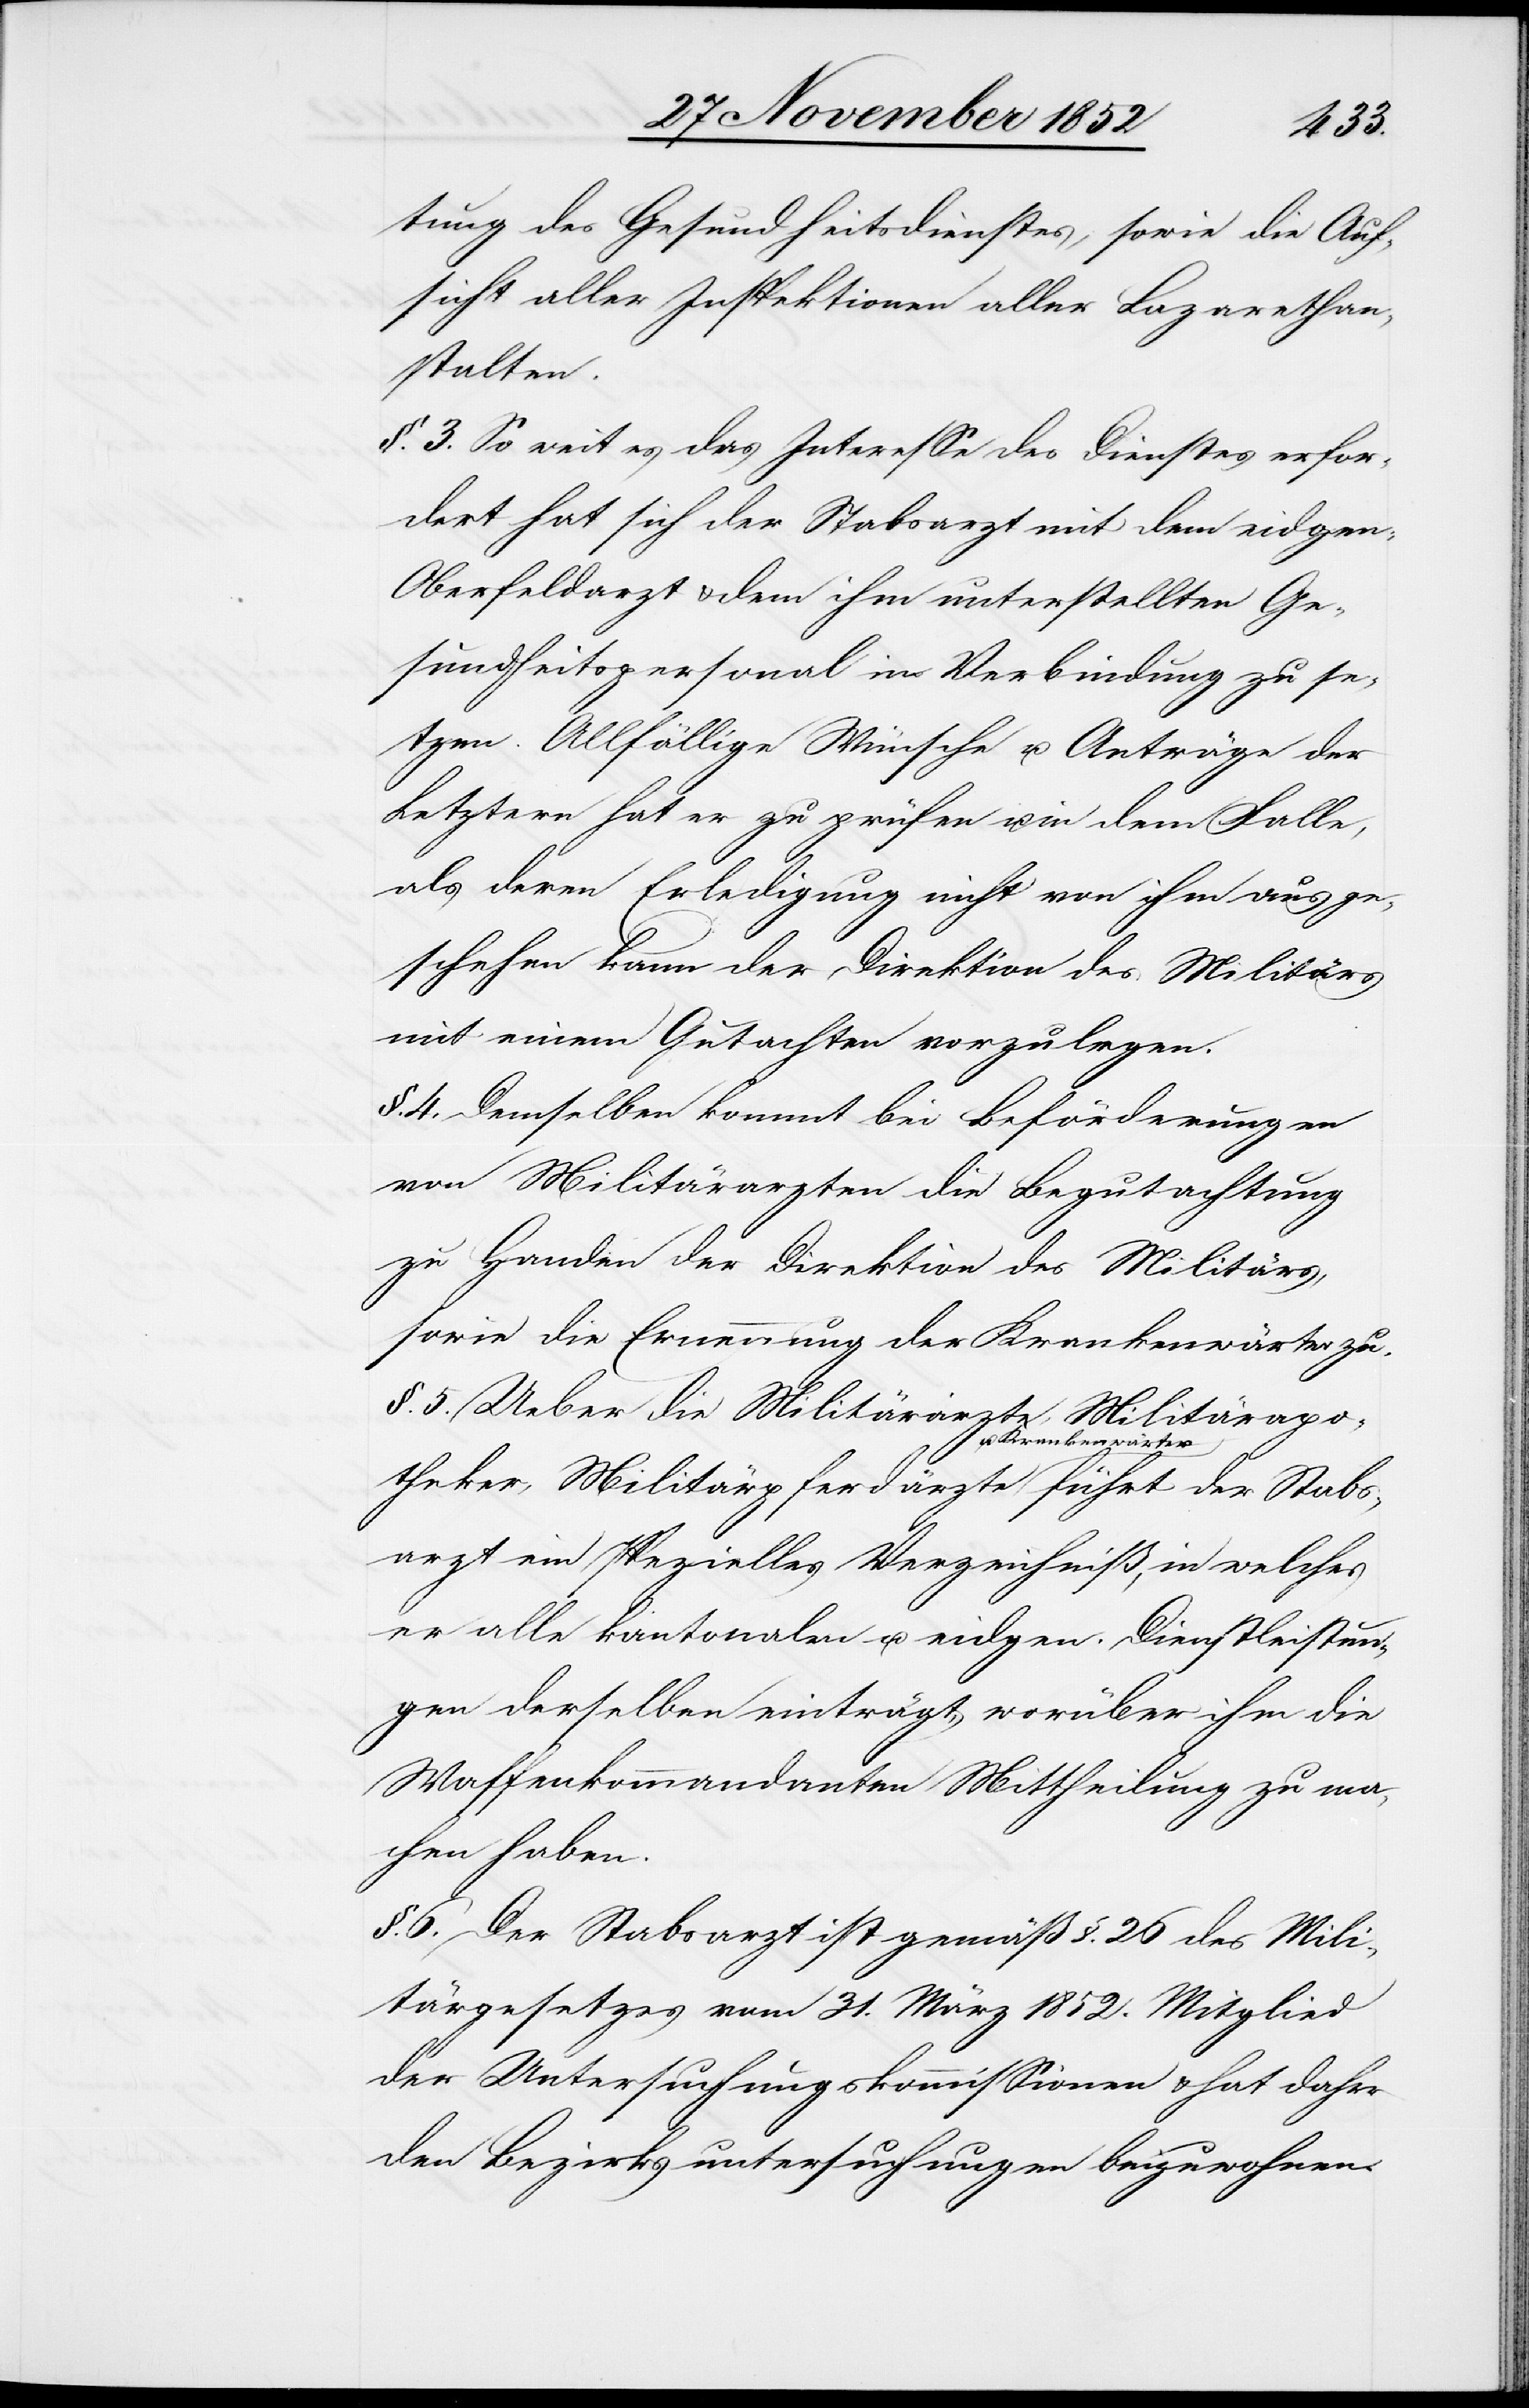
Stabs¬
tung des Gesundheitsdienstes, sowie die Auf¬
sicht aller Inspektionen aller Lazarethan¬
stalten.
§. 3. So weit es das Interesse des Dienstes erfor¬
dert hat sich der Stabsarzt mit dem eidgen:
Oberfeldarzt & dem ihm unterstellten Ge¬
sundheitspersonal in Verbindung zu se¬
tzen. Allfällige Wünsche u. Anträge der
Letztern hat er zu prüfen u. in dem Falle,
als deren Erledigung nicht von ihm aus ge¬
schehen kann der Direktion des Militärs
mit einem Gutachten vorzulegen.
§. 4. Demselben kommt bei Beförderungen
von Militärarzten [sic!] die Begutachtung
zu Handen der Direktion des Militärs,
sowie die Ernennung der Krankenwärter zu.
§. 5. Ueber die Militärärzte, Militärapo¬
theker, Militärpferdärzte u. Krankenwärter
arzt ein spezielles Verzeichniß, in welches
er alle kantonalen u. eidgen. Dienstleistun¬
gen derselben einträgt, worüber ihm die
Waffenkommandanten Mittheilung zu ma¬
chen haben.
§. 6. Der Stabsarzt ist gemäß §. 26 des Mili¬
tärgesetzes vom 31. März 1852. Mitglied
der Untersuchungskommissionen & hat daher
den Bezirksuntersuchungen beizuwohnen.